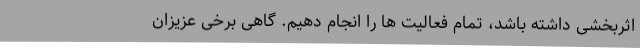
اثربخشی داشته باشد، تمام فعالیت ها را انجام دهیم. گاهی برخی عزیزان